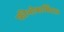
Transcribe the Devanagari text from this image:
फीनोबार्बिटल